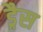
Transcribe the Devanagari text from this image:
ड्रैस